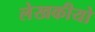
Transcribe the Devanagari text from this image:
लेखकीयो